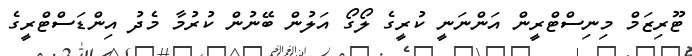
ޓޫރިޒަމް މިނިސްޓްރީން އަންނަނީ ކުރީގެ ލޯގޯ އަލުން ބޭނުން ކުރުމާ މެދު އިންޑަސްޓްރީގެ